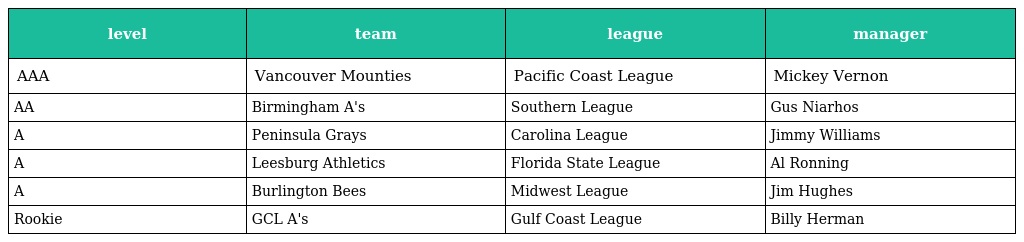
| level | team | league | manager |
 | --- | --- | --- | --- |
 | AAA | Vancouver Mounties | Pacific Coast League | Mickey Vernon |
 | AA | Birmingham A's | Southern League | Gus Niarhos |
 | A | Peninsula Grays | Carolina League | Jimmy Williams |
 | A | Leesburg Athletics | Florida State League | Al Ronning |
 | A | Burlington Bees | Midwest League | Jim Hughes |
 | Rookie | GCL A's | Gulf Coast League | Billy Herman |